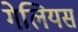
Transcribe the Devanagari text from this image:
गेलियस